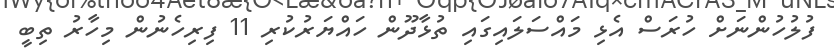
ފުލުހުންނަށް ހުރަސް އެޅި މައްސަލައިގައި ތުޅާދޫން ހައްޔަރުކުރި 11 ފިރިހެނުން މިހާރު ތިބީ